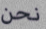
نحن